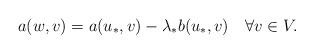
LaTeX: \begin{align*}a(w,v) = a(u_*,v) - \lambda_* b(u_*,v) \quad\forall v \in V.\end{align*}